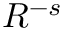
R ^ { - s }